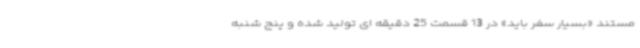
مستند «بسیار سفر باید» در 13 قسمت 25 دقیقه ای تولید شده و پنج شنبه